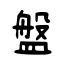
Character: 盤